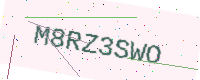
Text: M8RZ3SWO